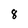
Character: 8